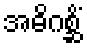
အဓိဂစ္ဆိံ